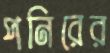
পনিরের